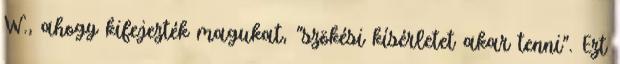
W., ahogy kifejezték magukat, "szökési kísérletet akar tenni". Ezt